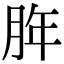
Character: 脌